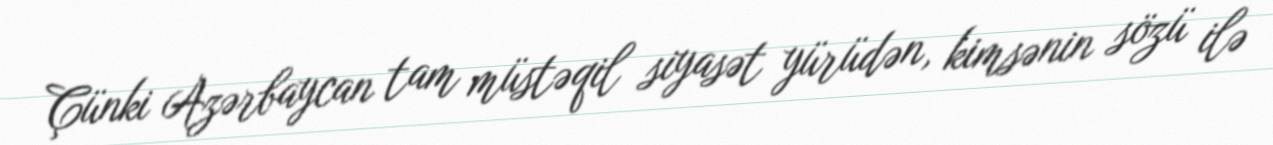
Çünki Azərbaycan tam müstəqil siyasət yürüdən, kimsənin sözü ilə